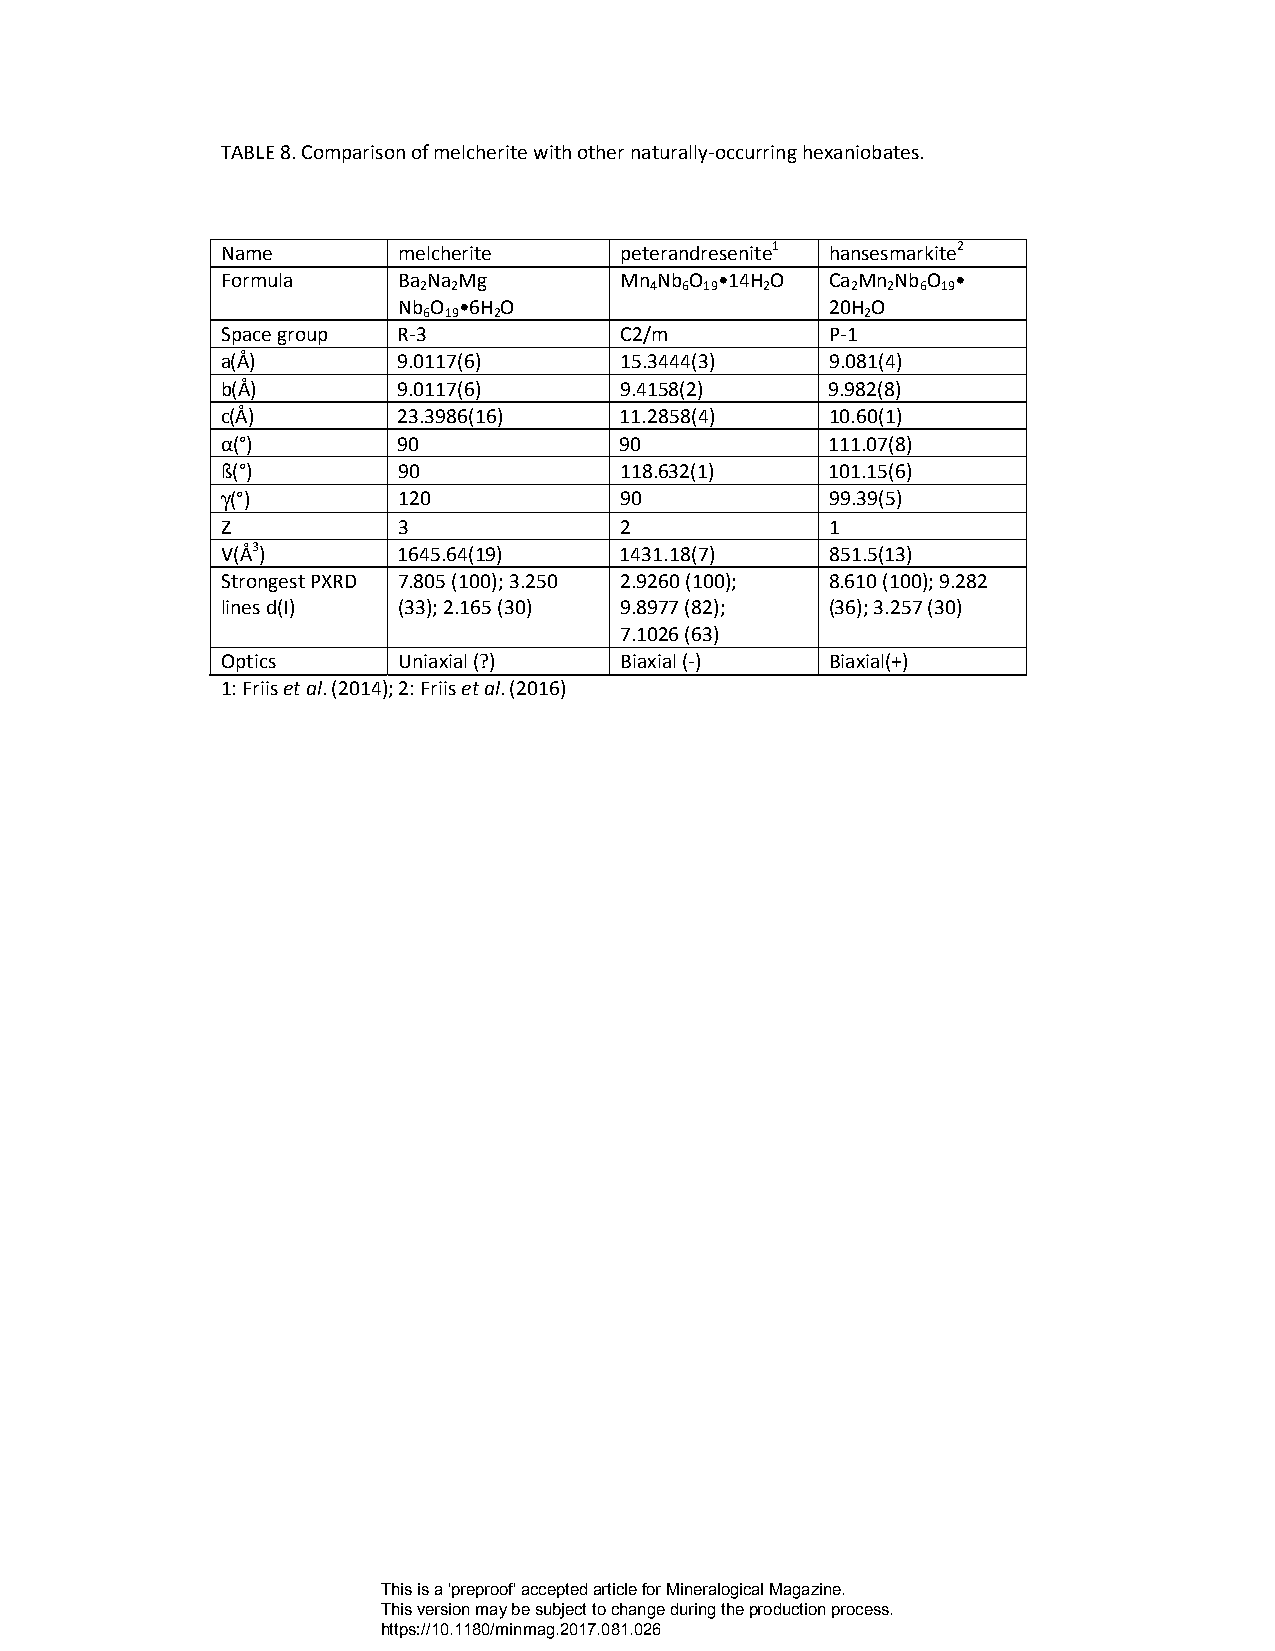
TABLE 8. Comparison of melcherite with other naturally-occurring hexaniobates.
 Name       melcherite     peterandresenite1 hansesmarkite2
 Formula    Ba Na Mg       Mn Nb O •14H O Ca Mn Nb O •
 2 2            4 6 19  2    2  2 6 19
 Nb O •6H O                   20H O
 6 19 2                       2
 Space group R-3           C2/m          P-1
 a(Å)       9.0117(6)      15.3444(3)    9.081(4)
 b(Å)       9.0117(6)      9.4158(2)     9.982(8)
 c(Å)       23.3986(16)    11.2858(4)    10.60(1)
 α(°)       90             90            111.07(8)
 ß(°)       90             118.632(1)    101.15(6)
 γ(°)       120            90            99.39(5)
 Z          3              2             1
 V(Å3)      1645.64(19)    1431.18(7)    851.5(13)
 Strongest PXRD 7.805 (100); 3.250 2.9260 (100); 8.610 (100); 9.282
 lines d(I) (33); 2.165 (30) 9.8977 (82); (36); 3.257 (30)
 7.1026 (63)
 Optics     Uniaxial (?)   Biaxial (-)   Biaxial(+)
 1: Friis et al. (2014); 2: Friis et al. (2016)
 This is a 'preproof' accepted article for Mineralogical Magazine.
 This version may be subject to change during the production process.
 https://10.1180/minmag.2017.081.026